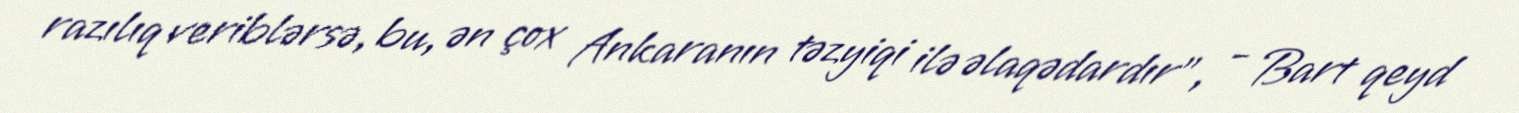
razılıq veriblərsə, bu, ən çox Ankaranın təzyiqi ilə əlaqədardır”, - Bart qeyd